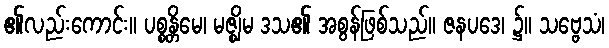
၏လည်းကောင်း။ ပစ္စန္တိမေ၊ မဇ္ဈိမ ဒသ၏ အစွန်ဖြစ်သည်။ ဇနပဒေ၊ ၌။ သဗ္ဗေသံ၊